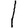
Digit: 1